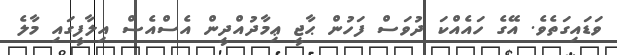
ވަޑައިގަތެވެ. އޭގެ ހައެއްކަ ދުވަސް ފަހުން ޙާޖީ ޢިމާދުއްދީން އެސްއެސް އިލާފީގައި މާލެ